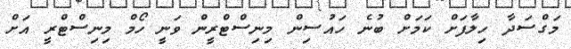
މަގްސަދާ ހިލާފަށް ކަމަށް ބުނެ ހައުސިން މިނިސްޓްރީން ވަނީ ހޯމް މިނިސްޓްރީ އަށް